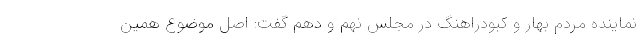
نماینده مردم بهار و کبودراهنگ در مجلس نهم و دهم گفت: اصل موضوع همین